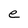
Character: e